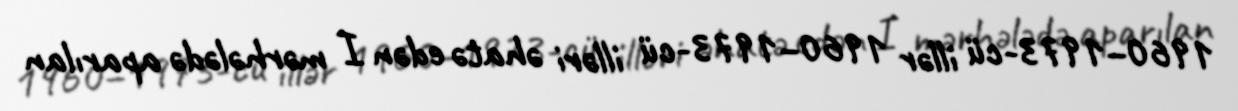
1960–1973-cü illər 1960–1973-cü illəri əhatə edən I mərhələdə aparılan